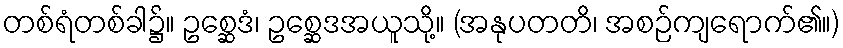
တစ်ရံတစ်ခါ၌။ ဥစ္ဆေဒံ၊ ဥစ္ဆေဒအယူသို့။ (အနုပတတိ၊ အစဉ်ကျရောက်၏။)